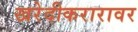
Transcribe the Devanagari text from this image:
खरेदीकरारावर